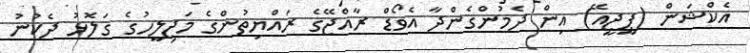
އެކްޝަން (ޕީޖީއޭ) އިން ދެމުންގެންދާ އެވޯޑް ރާއްޖޭގެ ރައްޔިތުންގެ މަޖިލީހުގެ ގަލޮޅު ދެކުނު